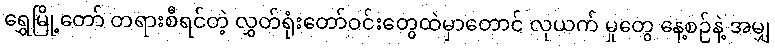
ရွှေမြို့တော် တရားစီရင်တဲ့ လွှတ်ရုံးတော်ဝင်းတွေထဲမှာတောင် လုယက် မှုတွေ နေ့စဉ်နဲ့ အမျှ